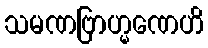
သမဏဗြာဟ္မဏေဟိ